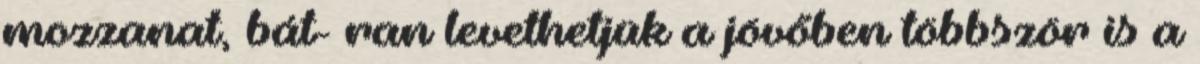
mozzanat, bát- ran levethetjük a jövőben többször is a